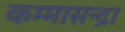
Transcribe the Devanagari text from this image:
कम्मासन्द्रा